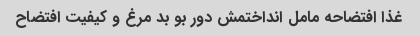
غذا افتضاحه مامل انداختمش دور بو بد مرغ و کیفیت افتضاح